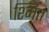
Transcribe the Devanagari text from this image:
श्मित